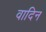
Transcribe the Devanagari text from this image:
वादिन